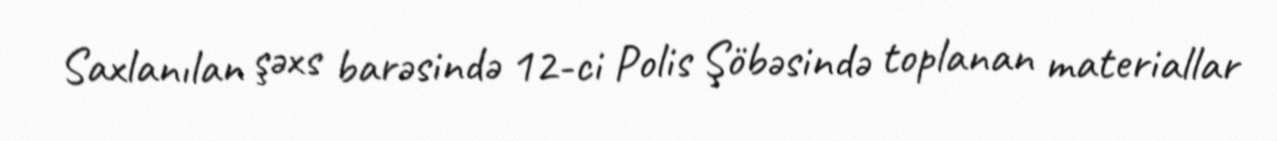
Saxlanılan şəxs barəsində 12-ci Polis Şöbəsində toplanan materiallar